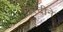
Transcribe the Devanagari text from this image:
खरेदीने